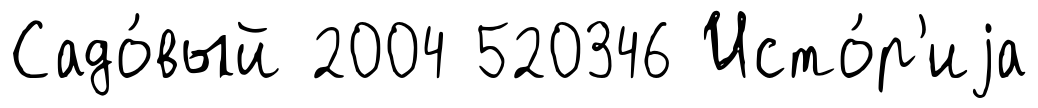
Садо́вый 2004 520346 Исто́р'иjа